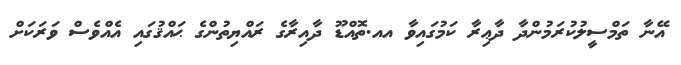
އޭނާ ތަމްސީލުކުރަމުންދާ ދާޢިރާ ކަމުގައިވާ އއ.ތޮއްޑޫ ދާއިރާގެ ރައްޔިތުންގެ ޙައްޤުގައި އެއްވެސް ވަރަކަށް